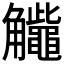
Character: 𧥕